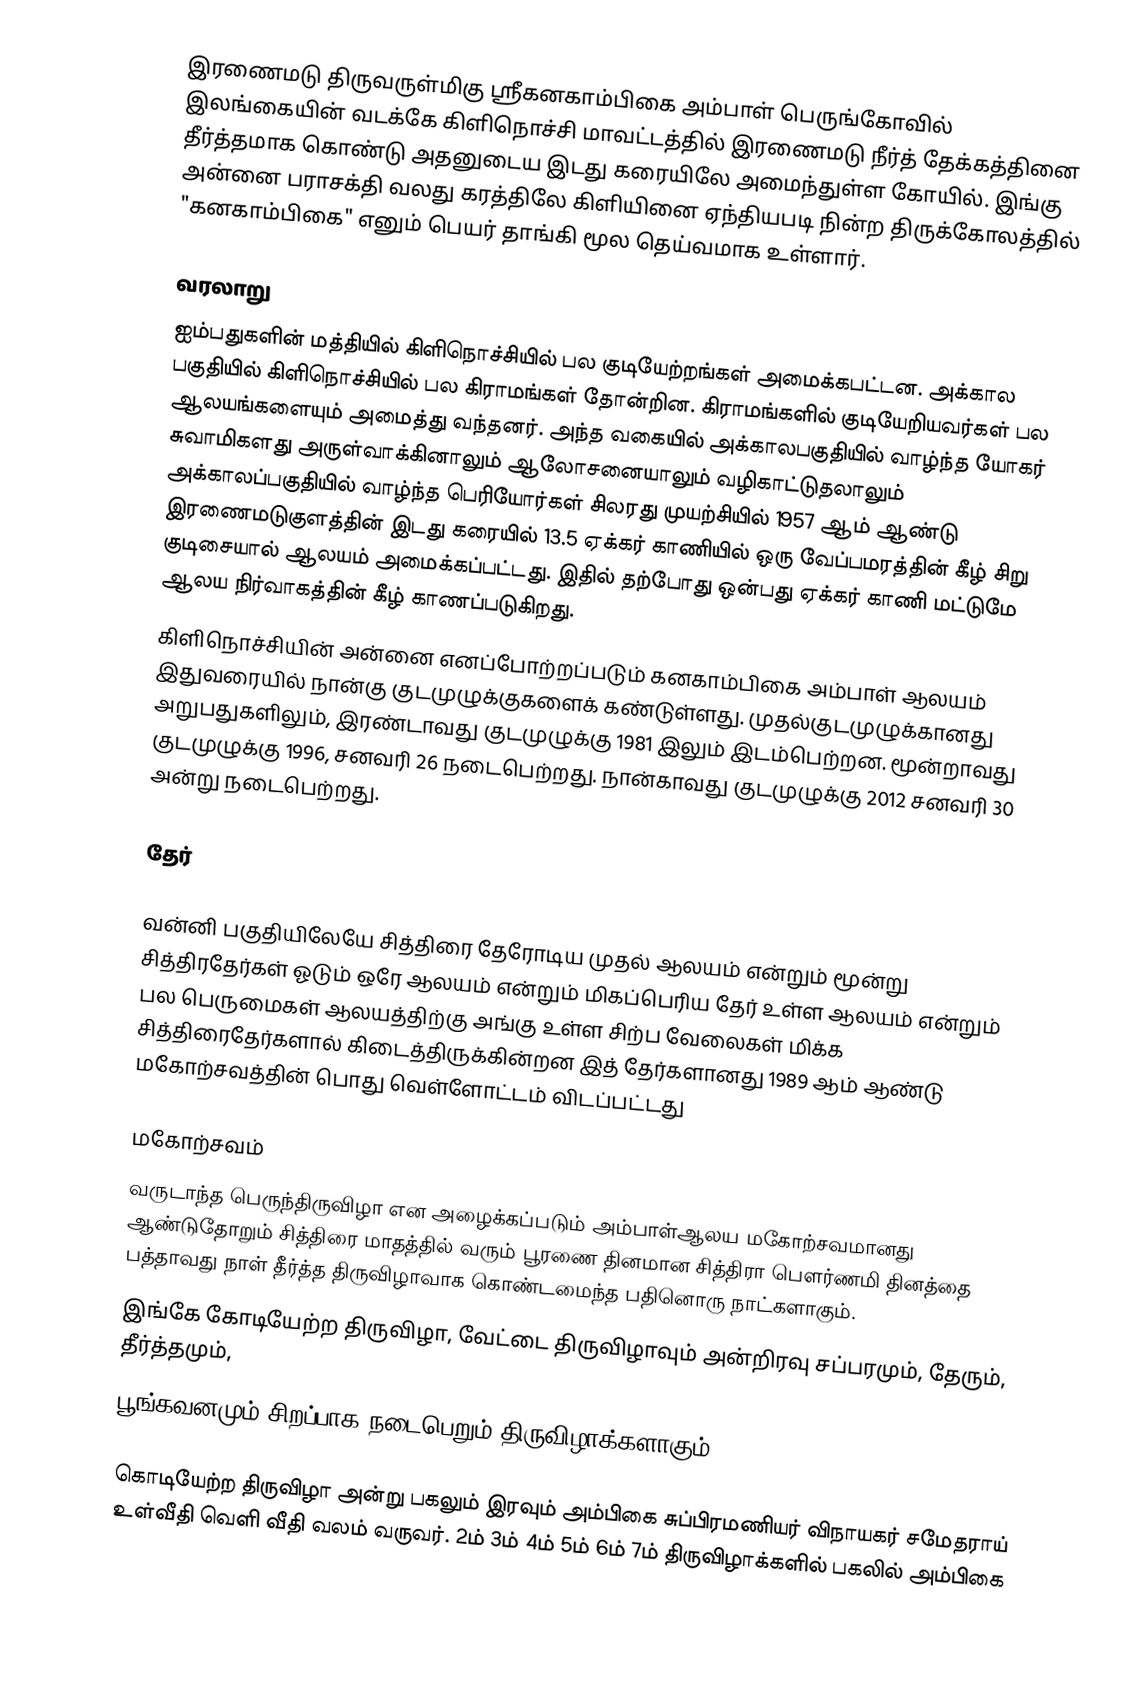
இரணைமடு திருவருள்மிகு ஸ்ரீகனகாம்பிகை அம்பாள் பெருங்கோவில் இலங்கையின் வடக்கே கிளிநொச்சி மாவட்டத்தில் இரணைமடு நீர்த் தேக்கத்தினை தீர்த்தமாக கொண்டு அதனுடைய இடது கரையிலே அமைந்துள்ள கோயில். இங்கு அன்னை பராசக்தி வலது கரத்திலே கிளியினை ஏந்தியபடி நின்ற திருக்கோலத்தில் "கனகாம்பிகை" எனும் பெயர் தாங்கி மூல தெய்வமாக உள்ளார்.

வரலாறு
ஐம்பதுகளின் மத்தியில் கிளிநொச்சியில் பல குடியேற்றங்கள் அமைக்கபட்டன. அக்கால பகுதியில் கிளிநொச்சியில் பல கிராமங்கள் தோன்றின. கிராமங்களில் குடியேறியவர்கள் பல ஆலயங்களையும் அமைத்து வந்தனர். அந்த வகையில் அக்காலபகுதியில் வாழ்ந்த யோகர் சுவாமிகளது அருள்வாக்கினாலும் ஆலோசனையாலும் வழிகாட்டுதலாலும் அக்காலப்பகுதியில் வாழ்ந்த பெரியோர்கள் சிலரது முயற்சியில் 1957 ஆம் ஆண்டு இரணைமடுகுளத்தின் இடது கரையில் 13.5 ஏக்கர் காணியில் ஒரு வேப்பமரத்தின் கீழ் சிறு குடிசையால் ஆலயம் அமைக்கப்பட்டது. இதில் தற்போது ஒன்பது ஏக்கர் காணி மட்டுமே ஆலய நிர்வாகத்தின் கீழ் காணப்படுகிறது.
கிளிநொச்சியின் அன்னை எனப்போற்றப்படும் கனகாம்பிகை அம்பாள் ஆலயம் இதுவரையில் நான்கு குடமுழுக்குகளைக் கண்டுள்ளது. முதல்குடமுழுக்கானது அறுபதுகளிலும், இரண்டாவது குடமுழுக்கு 1981 இலும் இடம்பெற்றன. மூன்றாவது குடமுழுக்கு 1996, சனவரி 26 நடைபெற்றது. நான்காவது குடமுழுக்கு 2012 சனவரி 30 அன்று நடைபெற்றது.

தேர்

வன்னி பகுதியிலேயே சித்திரை தேரோடிய முதல் ஆலயம் என்றும் மூன்று சித்திரதேர்கள் ஓடும் ஒரே ஆலயம் என்றும் மிகப்பெரிய தேர் உள்ள ஆலயம் என்றும் பல பெருமைகள் ஆலயத்திற்கு அங்கு உள்ள சிற்ப வேலைகள் மிக்க சித்திரைதேர்களால் கிடைத்திருக்கின்றன இத் தேர்களானது 1989 ஆம் ஆண்டு மகோற்சவத்தின் பொது வெள்ளோட்டம் விடப்பட்டது

மகோற்சவம்
வருடாந்த பெருந்திருவிழா என அழைக்கப்படும் அம்பாள்ஆலய மகோற்சவமானது ஆண்டுதோறும் சித்திரை மாதத்தில் வரும் பூரணை தினமான சித்திரா பௌர்ணமி தினத்தை பத்தாவது நாள் தீர்த்த திருவிழாவாக கொண்டமைந்த பதினொரு நாட்களாகும்.
இங்கே கோடியேற்ற திருவிழா, வேட்டை திருவிழாவும் அன்றிரவு சப்பரமும், தேரும், தீர்த்தமும்,
பூங்கவனமும் சிறப்பாக நடைபெறும் திருவிழாக்களாகும்.

கொடியேற்ற திருவிழா அன்று பகலும் இரவும் அம்பிகை சுப்பிரமணியர் விநாயகர் சமேதராய்  உள்வீதி வெளி வீதி வலம் வருவர். 2ம் 3ம் 4ம் 5ம் 6ம் 7ம் திருவிழாக்களில் பகலில் அம்பிகை